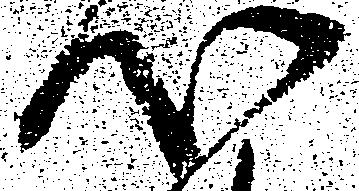
心